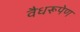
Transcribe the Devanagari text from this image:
वैधरूपेण